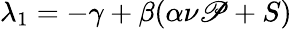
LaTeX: \lambda_{1}=-\gamma+\beta(\alpha\nu\mathscr{P}+S)